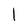
Character: I